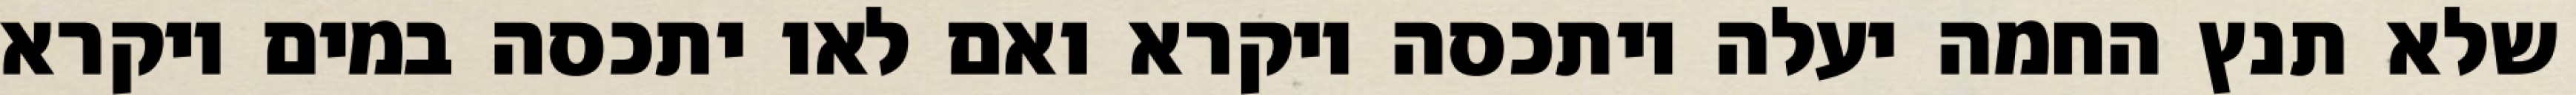
שלא תנץ החמה יעלה ויתכסה ויקרא ואם לאו יתכסה במים ויקרא